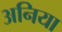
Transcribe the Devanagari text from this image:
अनिया